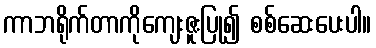
ကာဘရိုက်တာကိုကျေးဇူးပြု၍ စစ်ဆေးပေးပါ။